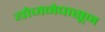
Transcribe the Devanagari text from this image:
योजनेपासून